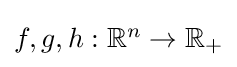
{\textstyle f,g,h:\mathbb {R} ^{n}\to \mathbb {R} _{+}}